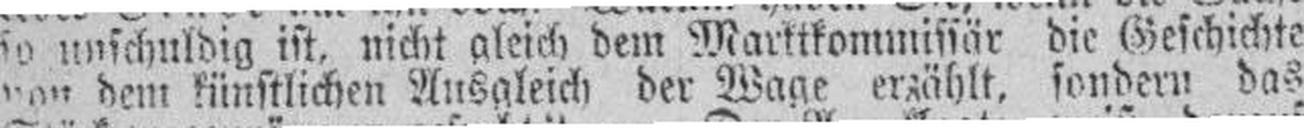
von dem künstlichen Ausgleich der Wage erzählt, sondern das